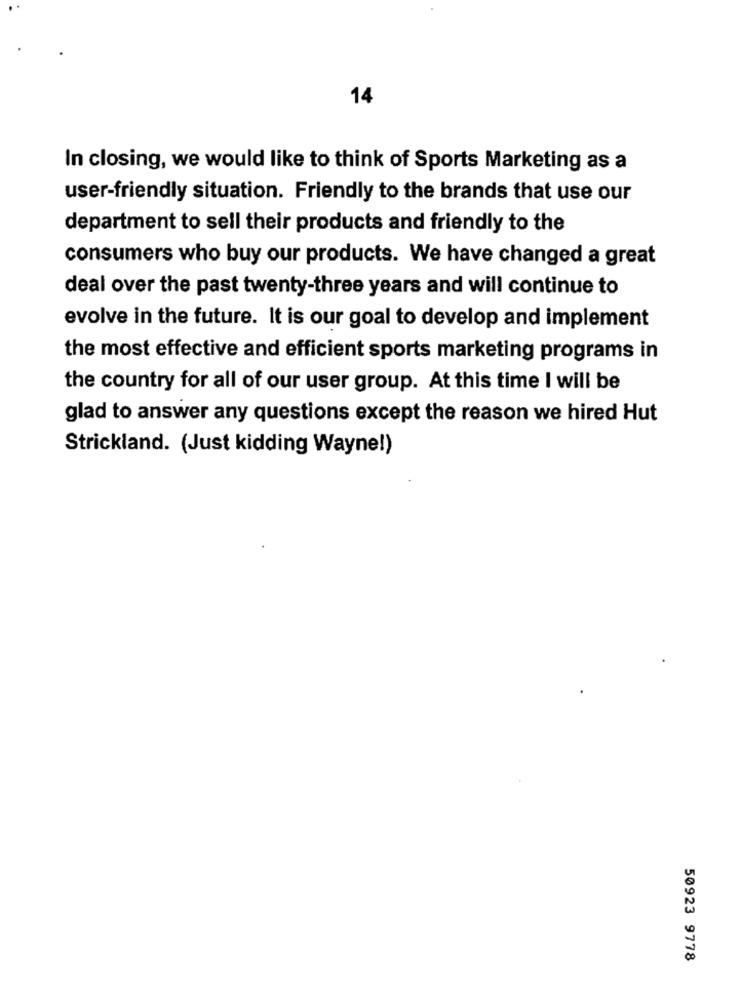
14
In closing, we would like to think of Sports Marketing as a
user-friendly situation. Friendly to the brands that use our
department to sell their products and friendly to the
consumers who buy our products. We have changed a great
deal over the past twenty-three years and will continue to
evolve in the future. It is our goal to develop and implement
the most effective and efficient sports marketing programs in
the country for all of our user group. At this time I will be
glad to answer any questions except the reason we hired Hut
Strickland. (Just kidding Wayne!)
50923 9778